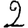
Digit: 2